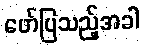
ဖော်ပြသည့်အခါ